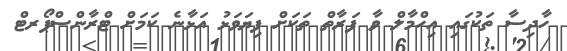
ހާދިސާ ތަކުގައި އިހްމާލް ވާ ފަރާތް ތަކަށް ފިޔަވަޅު އަޅާނެ ކަމަށް ޓްރާންސްޕޯރޓް